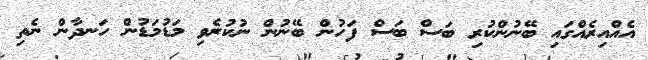
އެއްއިރެއްގައި ބޭނުންކުރި ބަސް ބަސް ފަހުން ބޭނުން ނުކުރެވި މަޑުމަޑުން ހަނދާން ނެތި